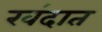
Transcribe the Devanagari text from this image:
खंदात